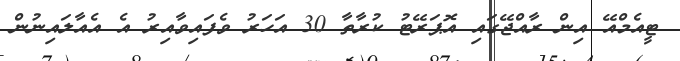
ޓީއެމްއޭ އިން ރާއްޖޭގައި އޮޕަރޭޓު ކުރާތާ 30 އަހަރު ވެފައިވާއިރު އެ އެއާލައިނުން